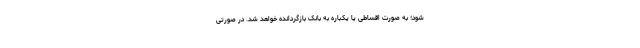
شود؛ به صورت اقساطی یا یکباره به بانک بازگردانده خواهد شد. در صورتی